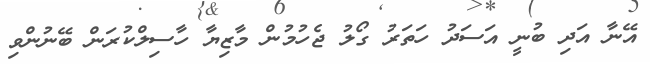
އޭނާ އަދި ބުނީ އަސަދު ހަތަރު ގޯލު ޖެހުމުން މާޒިޔާ ހާސިލްކުރަން ބޭނުންވި